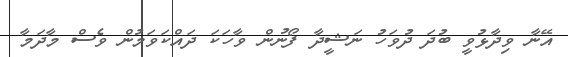
އޭނާ ވިދާޅުވީ ބުދަ ދުވަހު ނަޝީދާ ފޯނުން ވާހަކަ ދައްކަވަމުން ވެސް މާދަމާ